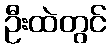
ဦးထဲတွင်